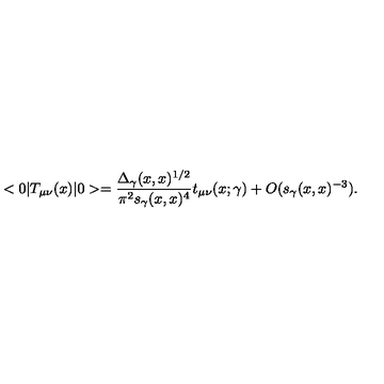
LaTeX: < 0 | T _ { \mu \nu } ( x ) | 0 > = { \frac { \Delta _ { \gamma } ( x , x ) ^ { 1 / 2 } } { \pi ^ { 2 } s _ { \gamma } ( x , x ) ^ { 4 } } } t _ { \mu \nu } ( x ; \gamma ) + O ( s _ { \gamma } ( x , x ) ^ { - 3 } ) .